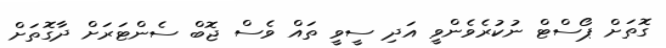
ގޮތަށް ޕޯސްޓް ނުކުރެވެންވީ އަދި ސީވީ ތައް ވެސް ޖޮބް ސެންޓަރަށް ދާގޮތަށް